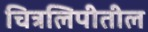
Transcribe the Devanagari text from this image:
चित्रलिपीतील